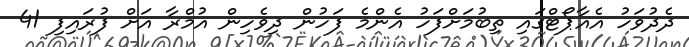
ދެދުވަހު އެއާޕޯޓްގައި ތިބުމަށްފަހު އެންމެ ފަހުން ދިވެހިން އުމްރާ އަށް ފުރައިފި 41